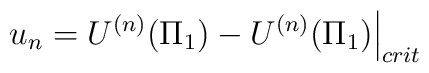
\left.u_n = U^{(n)}(\Pi_1) - U^{(n)}(\Pi_1)\right|_{crit}